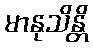
မာနုသိန္တိ